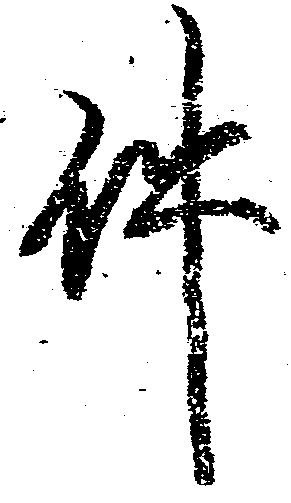
件